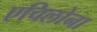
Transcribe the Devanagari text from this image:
एचिलोना